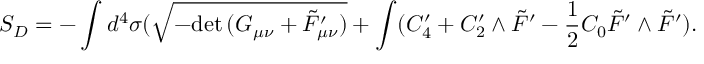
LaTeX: S _ { D } = - \int d ^ { 4 } \sigma ( \sqrt { - \mathrm { d e t } \, ( G _ { \mu \nu } + \tilde { \cal F } _ { \mu \nu } ^ { \prime } ) } + \int ( C _ { 4 } ^ { \prime } + C _ { 2 } ^ { \prime } \wedge \tilde { \cal F } ^ { \prime } - \frac { 1 } { 2 } C _ { 0 } \tilde { F } ^ { \prime } \wedge \tilde { F } ^ { \prime } ) .